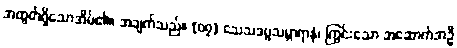
အထွတ်ရှိသောအိမ်၏။ အချက်သည်။ [၀၇] သေသဒဗ္ဗသမ္ဘာရာနံ၊ ကြွင်းသော အဆောက်အဦ